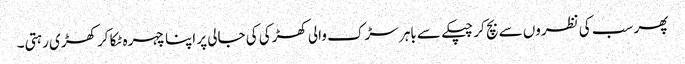
پھر سب کی نظروں سے بچ کر چپکے سے باہر سڑک والی کھڑکی کی جالی پر اپنا چہرہ ٹکا کر کھڑی رہتی۔